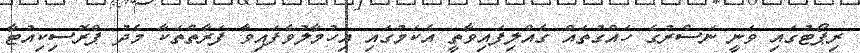
ރިޕޯޓުގައި ވަނީ ނަސްރުގެ ހައްގުތައް ގެއްލިފައިވާތީ އެކަމުގައި އިހުމާލުވެފައިވާ ފަރާތްތަކާ މެދު ޕްރޮސިކިއުޓާ